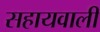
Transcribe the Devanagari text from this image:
सहायवाली